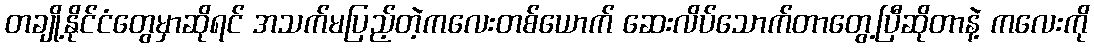
တချို့နိုင်ငံတွေမှာဆိုရင် အသက်မပြည့်တဲ့ကလေးတစ်ယောက် ဆေးလိပ်သောက်တာတွေ့ပြီဆိုတာနဲ့ ကလေးကို